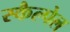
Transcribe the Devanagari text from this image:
स्कैल्पेल